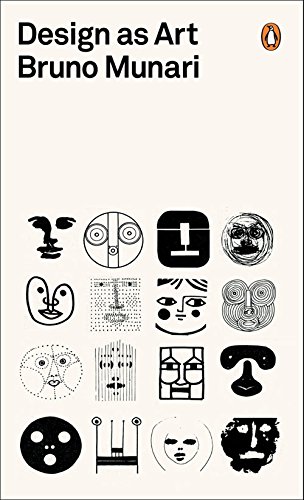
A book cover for Design as Art; Bruno Munari; Arts & Photography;